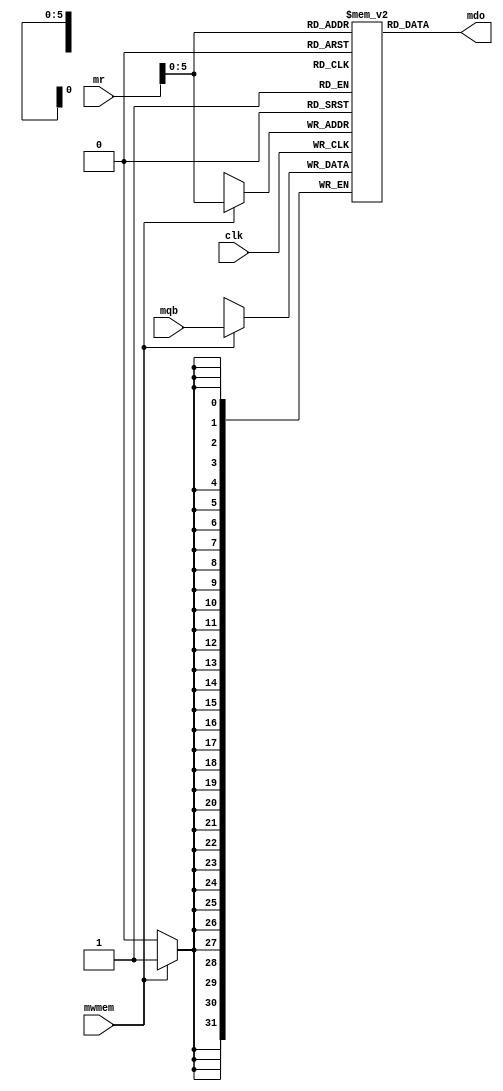
`timescale 1ns / 1ps
//////////////////////////////////////////////////////////////////////////////////
// Company: 
// Engineer: 
// 
// Design Name: 
// Module Name: data_memory
// Project Name: 
// Target Devices: 
// Tool Versions: 
// Description: 
// 
// Dependencies: 
// 
// Revision:
// Revision 0.01 - File Created
// Additional Comments:
// 
//////////////////////////////////////////////////////////////////////////////////


module data_memory(
    input [31:0] mr,
    input [31:0] mqb,
    input mwmem,
    input clk,
    output reg [31:0] mdo
    );
    reg [31:0] memory[0:63];
    
    initial begin
        memory[0] <= 'hA00000AA;
        memory[1] <= 'h10000011;
        memory[2] <= 'h20000022;
        memory[3] <= 'h30000033;
        memory[4] <= 'h40000044;
        memory[5] <= 'h50000055;
        memory[6] <= 'h60000066;
        memory[7] <= 'h70000077;
        memory[8] <= 'h80000088;
        memory[9] <= 'h90000099;
    end
    
    always @(*) begin
        mdo <= memory[mr];
    end
    
    always @(negedge clk) begin
        if (mwmem == 1) begin
            memory[mr] <= mqb;
        end
    end
    
endmodule